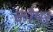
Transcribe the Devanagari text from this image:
कौपर